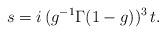
LaTeX: \begin{align*}s=i\,(g^{-1}\Gamma(1-g))^3\, t. \end{align*}